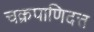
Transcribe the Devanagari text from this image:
चक्रपाणिदत्त